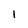
Character: l